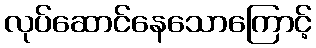
လုပ်ဆောင်နေသောကြောင့်